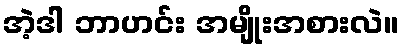
အဲ့ဒါ ဘာဟင်း အမျိုးအစားလဲ။